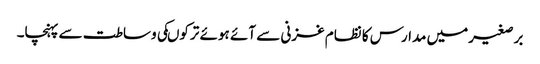
برصغیرمیں مدارس کا نظام غزنی سے آئے ہوئے ترکوںکی وساطت سے پہنچا۔